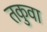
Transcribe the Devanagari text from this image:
तकुवा